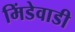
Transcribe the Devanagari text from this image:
मिंडेवाडी